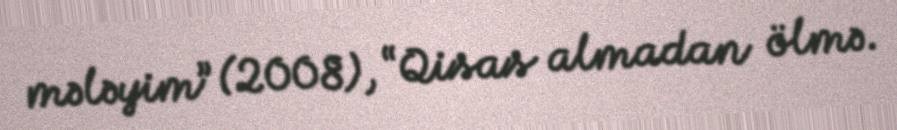
mələyim” (2008), “Qisas almadan ölmə.